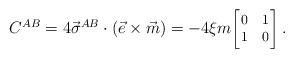
LaTeX: \begin{align*}C^{AB}=4\vec{\sigma}^{AB}\cdot(\vec{e}\times\vec{m})=-4 \xi m { {\footnotesize \left[\!\!\begin{array}{cc} 0 & 1 \\ 1 & 0 \end{array}\!\!\right]} }\, .\end{align*}